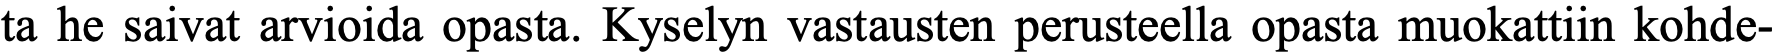
ta he saivat arvioida opasta. Kyselyn vastausten perusteella opasta muokattiin kohde-